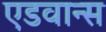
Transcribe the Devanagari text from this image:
एडवान्स